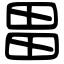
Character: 畕